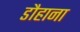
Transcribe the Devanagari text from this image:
डौहाना